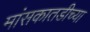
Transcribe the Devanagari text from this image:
मांसकातडीच्या